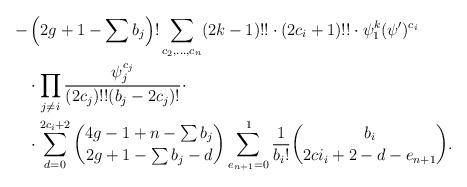
LaTeX: \begin{align*}-&\left(2g+1-\sum b_j \right)! \sum_{c_2, \ldots, c_n}(2k-1)!! \cdot (2c_i+1)!! \cdot \psi_1^k(\psi')^{c_i}\\& \cdot \prod_{j \neq i} \frac{\psi_j^{c_j}}{(2c_j)!!(b_j - 2c_j)!}\cdot \\ & \cdot \sum_{d=0}^{2c_i+2} {4g-1+n - \sum b_j \choose 2g+1 - \sum b_j - d} \sum_{e_{n+1}=0}^1 \frac{1}{b_i!} {b_i \choose 2ci_i + 2 - d- e_{n+1}}.\end{align*}